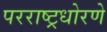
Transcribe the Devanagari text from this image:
परराष्ट्रधोरणे